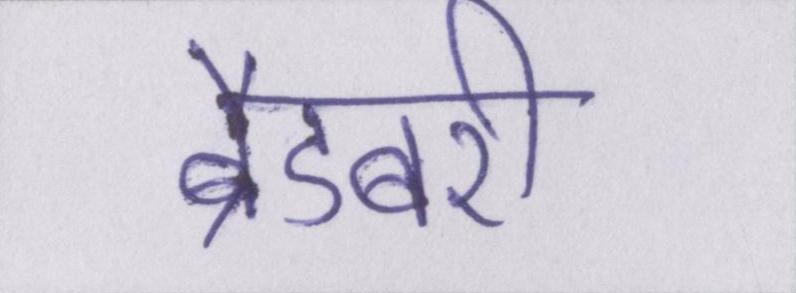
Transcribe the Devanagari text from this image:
ब्रैडबरी